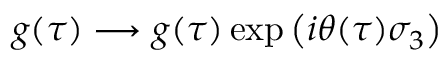
g ( \tau ) \longrightarrow g ( \tau ) \exp \left( i \theta ( \tau ) \sigma _ { 3 } \right)